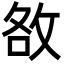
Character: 敋